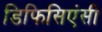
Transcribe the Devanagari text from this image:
डिफिसिएंसी